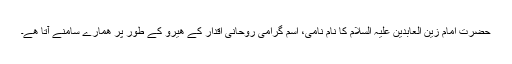
حضرت امام زین العابدین علیہ السلام کا نام نامى، اسم گرامی روحانی اقدار کے ھیرو کے طور پر ھمارے سامنے آتا ھے۔